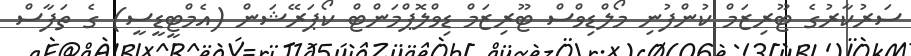
ސަރުކާރުގެ ޓޫރިޒަމް ކުންފުނި މޯލްޑިވްސް ޓޫރިޒަމް ޑިވްލޮޕްމަންޓް ކޯޕަރޭޝަން (އެމްޓީޑީސީ) ގެ ތަފާސް